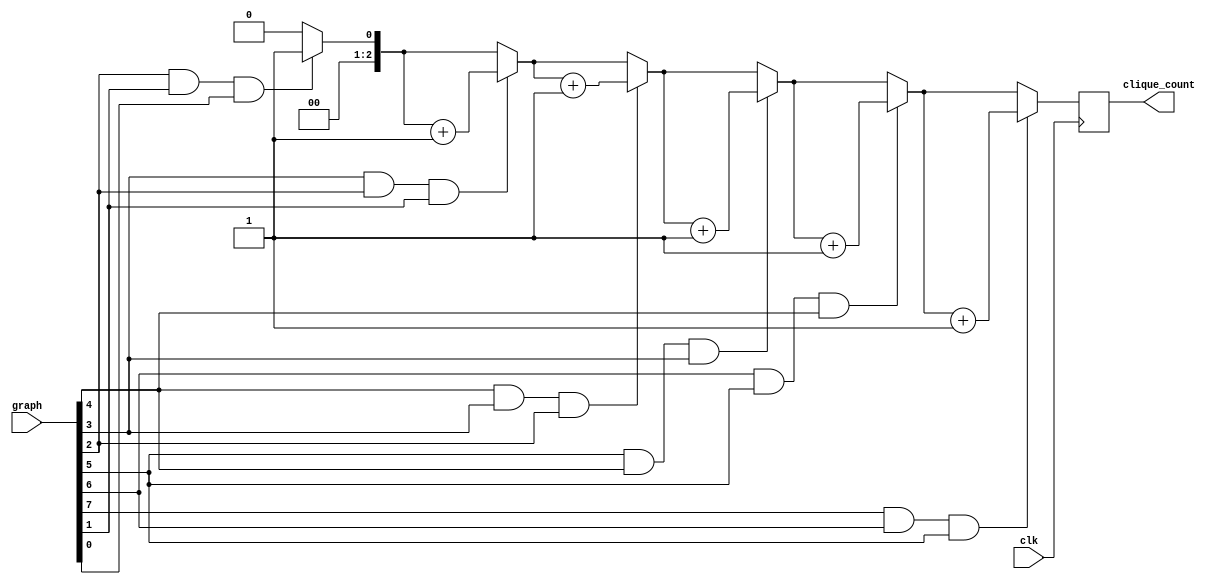
module CliqueCounter (
  input [8:0] graph, 
  input clk, 
  output reg [2:0] clique_count
);

reg [2:0] i;
reg [2:0] temp_count;

always @(posedge clk) 
begin
  temp_count = 0;
  
  for (i = 0; i < 6; i = i + 1) begin
    if ((graph[i+2] && graph[i+1] && graph[i]) == 1)
      temp_count = temp_count + 1;
  end

  clique_count <= temp_count;
end

endmodule